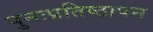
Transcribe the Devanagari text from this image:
पुनःप्रतिष्ठापन